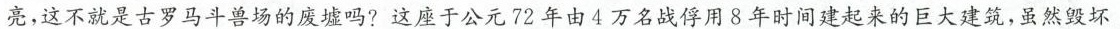
亮，这不就是古罗马斗兽场的废墟吗?这座于公元72年由4万名战俘用8年时间建起来的巨大建筑，虽然毁坏